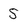
Character: 5